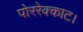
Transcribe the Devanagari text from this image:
पोररेक्काट।